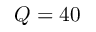
Q = 4 0